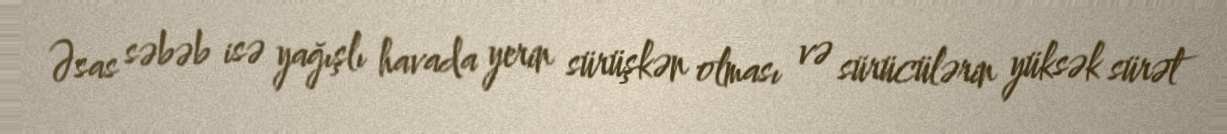
Əsas səbəb isə yağışlı havada yerin sürüşkən olması və sürücülərin yüksək sürət